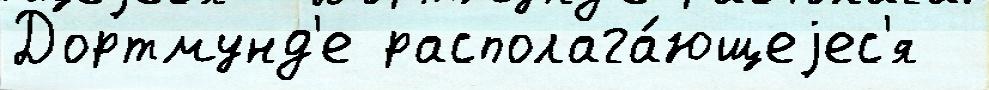
Дортмунд'е располага́ющеjес'я